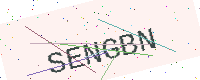
Text: SENGBN